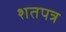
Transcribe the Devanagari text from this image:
शतपत्र